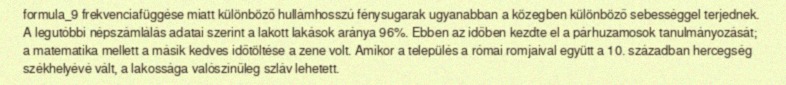
formula_9 frekvenciafüggése miatt különböző hullámhosszú fénysugarak ugyanabban a közegben különböző sebességgel terjednek. A legutóbbi népszámlálás adatai szerint a lakott lakások aránya 96%. Ebben az időben kezdte el a párhuzamosok tanulmányozását; a matematika mellett a másik kedves időtöltése a zene volt. Amikor a település a római romjaival együtt a 10. században hercegség székhelyévé vált, a lakossága valószínűleg szláv lehetett.